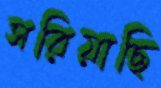
সরিয়াছি